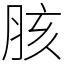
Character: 胲